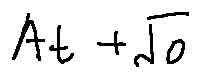
A t + \sqrt { o }